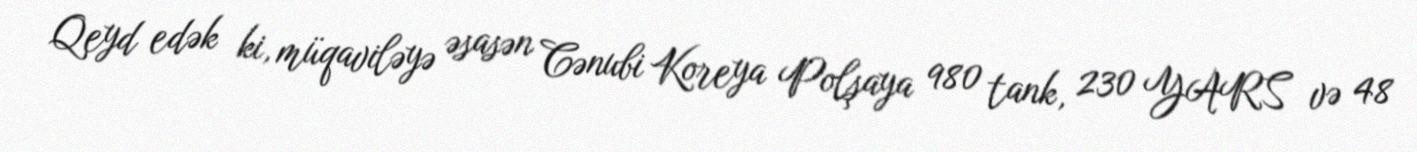
Qeyd edək ki, müqaviləyə əsasən Cənubi Koreya Polşaya 980 tank, 230 YARS və 48